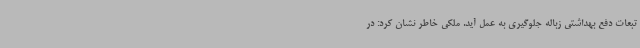
تبعات دفع بهداشتی زباله جلوگیری به عمل آید. ملکی خاطر نشان کرد: در